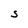
Character: S